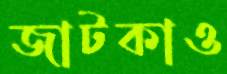
জাটকাও